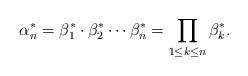
LaTeX: \begin{align*}{\alpha^*_{n}} = {\beta^*_{1}} \cdot {\beta^*_{2}} \cdots {\beta^*_{n}} = \prod_{1\le k\le n} {\beta^*_{k}}.\end{align*}